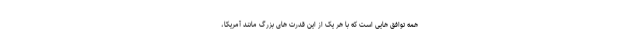
همه توافق هایی است که با هر یک از این قدرت های بزرگ مانند آمریکا،